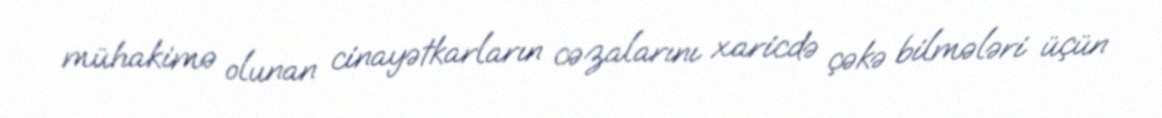
mühakimə olunan cinayətkarların cəzalarını xaricdə çəkə bilmələri üçün